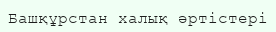
Башқұрстан халық әртістері